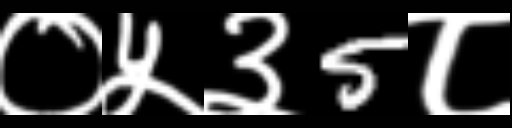
Text: ०५३5८